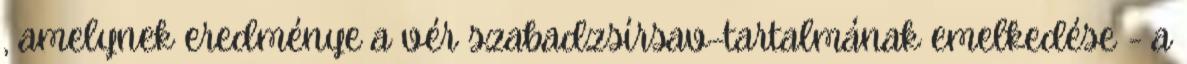
, amelynek eredménye a vér szabadzsírsav-tartalmának emelkedése - a